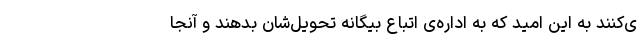
ی‌کنند به این امید که به اداره‌ی اتباع بیگانه تحویل‌شان بدهند و آنجا